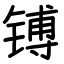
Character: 镈